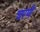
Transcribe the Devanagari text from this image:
चरणै